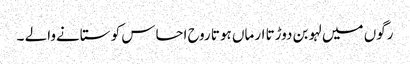
رگوں میں لہو بن دوڑتا ارماں ہوتا روح احساس کو ستانےوالے ۔